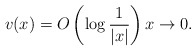
\begin{align*} v(x)=O\left(\log \frac{1}{|x|}\right) x\to0. \end{align*}